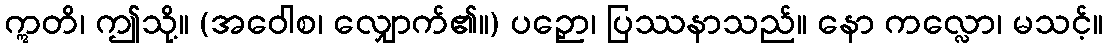
ဣတိ၊ ဤသို့။ (အဝေါစ၊ လျှောက်၏။) ပဉှော၊ ပြဿနာသည်။ နော ကလ္လော၊ မသင့်။